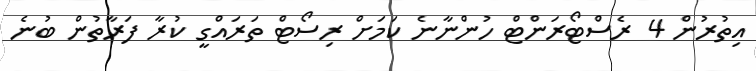
އިތުރުން 4 ރެސްޓޯރަންޓް ހުންނާނެ ކަމަށް ރިސޯޓް ތަރައްގީ ކުރާ ފަރާތުން ބުނެ